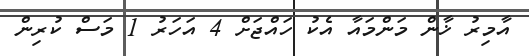
އާމިރު ޚާން މަންމައާ އެކު ހައްޖަށް 4 އަހަރު 1 މަސް ކުރިން